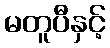
မတူပီနှင့်